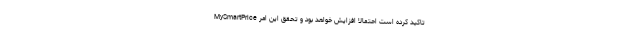
MySmartPrice تاکید کرده است احتمالا افزایش خواهد بود و تحقق این امر